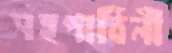
সহপাঠিনী